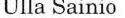
Ulla Sainio